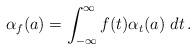
LaTeX: \begin{align*}\alpha_f(a) = \int_{-\infty}^{\infty} f(t) \alpha_t(a)~dt \, .\end{align*}